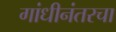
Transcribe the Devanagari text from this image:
गांधीनंतरचा